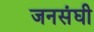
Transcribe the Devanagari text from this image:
जनसंघी